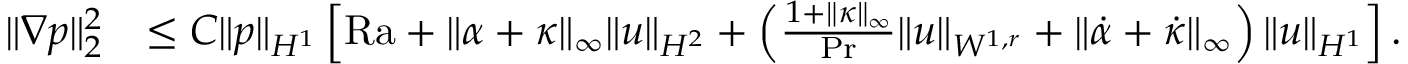
\begin{array} { r l } { \| \nabla p \| _ { 2 } ^ { 2 } } & { \leq C \| p \| _ { H ^ { 1 } } \left[ \mathrm { { R a } } + \| \alpha + \kappa \| _ { \infty } \| u \| _ { H ^ { 2 } } + \left( \frac { 1 + \| \kappa \| _ { \infty } } { \mathrm { P r } } \| u \| _ { W ^ { 1 , r } } + \| \dot { \alpha } + \dot { \kappa } \| _ { \infty } \right) \| u \| _ { H ^ { 1 } } \right] . } \end{array}